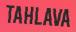
TAHLAVA